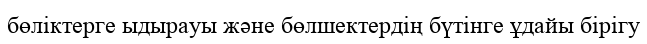
бөліктерге ыдырауы және бөлшектердің бүтінге ұдайы бірігу